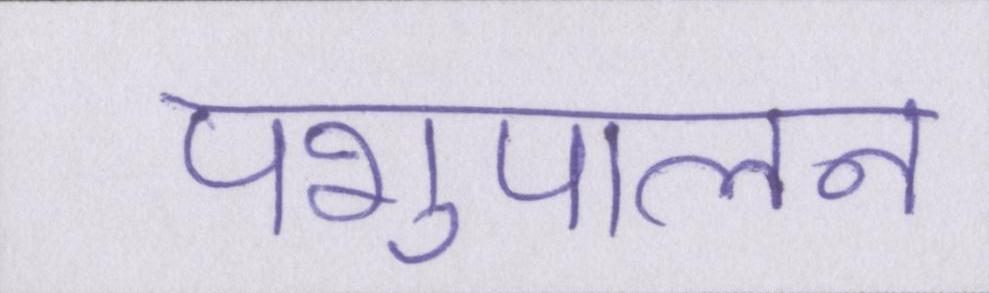
पशुपालन